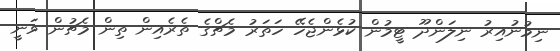
ނިމުނުއިރު ނިލަންދޫ ޓީމުން ކުޅެންޖެހޭ ހަތަރު މެޗްގެ ތެރެއިން ތިން މެޗުން ވަނީ